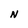
Character: N